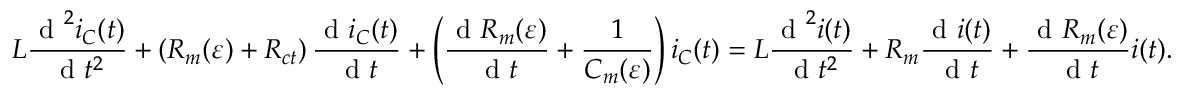
L \frac { \textrm { d } ^ { 2 } i _ { C } ( t ) } { \textrm { d } t ^ { 2 } } + \left( R _ { m } ( \varepsilon ) + R _ { c t } \right) \frac { \textrm { d } i _ { C } ( t ) } { \textrm { d } t } + \left( \frac { \textrm { d } R _ { m } ( \varepsilon ) } { \textrm { d } t } + \frac { 1 } { C _ { m } ( \varepsilon ) } \right) i _ { C } ( t ) = L \frac { \textrm { d } ^ { 2 } i ( t ) } { \textrm { d } t ^ { 2 } } + R _ { m } \frac { \textrm { d } i ( t ) } { \textrm { d } t } + \frac { \textrm { d } R _ { m } ( \varepsilon ) } { \textrm { d } t } i ( t ) .